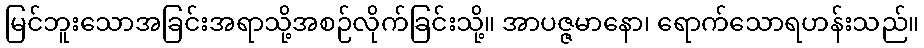
မြင်ဘူးသောအခြင်းအရာသို့အစဉ်လိုက်ခြင်းသို့။ အာပဇ္ဇမာနော၊ ရောက်သောရဟန်းသည်။